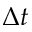
\Delta t